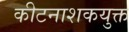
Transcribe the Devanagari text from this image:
कीटनाशकयुक्त